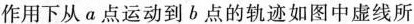
作用下从a点运动到b点的轨迹如图中虚线所